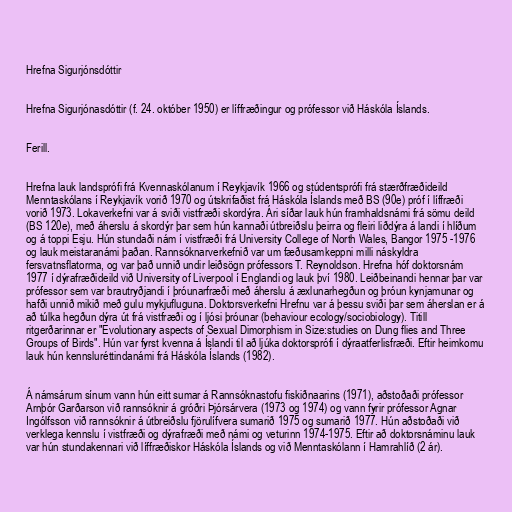
Hrefna Sigurjónsdóttir

Hrefna Sigurjónasdóttir (f. 24. október 1950) er líffræðingur og prófessor við Háskóla Íslands.

Ferill.

Hrefna lauk landsprófi frá Kvennaskólanum í Reykjavík 1966 og stúdentsprófi frá stærðfræðideild
Menntaskólans í Reykjavík vorið 1970 og útskrifaðist frá Háskóla Íslands með BS (90e) próf í líffræði
vorið 1973. Lokaverkefni var á sviði vistfræði skordýra. Ári síðar lauk hún framhaldsnámi frá sömu deild
(BS 120e), með áherslu á skordýr þar sem hún kannaði útbreiðslu þeirra og fleiri liðdýra á landi í hlíðum
og á toppi Esju. Hún stundaði nám í vistfræði frá University College of North Wales, Bangor 1975 -1976
og lauk meistaranámi þaðan. Rannsóknarverkefnið var um fæðusamkeppni milli náskyldra
fersvatnsflatorma, og var það unnið undir leiðsögn prófessors T. Reynoldson. Hrefna hóf doktorsnám
1977 í dýrafræðideild við University of Liverpool í Englandi og lauk því 1980. Leiðbeinandi hennar þar var
prófessor sem var brautryðjandi í þróunarfræði með áherslu á æxlunarhegðun og þróun kynjamunar og
hafði unnið mikið með gulu mykjufluguna. Doktorsverkefni Hrefnu var á þessu sviði þar sem áherslan er á
að túlka hegðun dýra út frá vistfræði og í ljósi þróunar (behaviour ecology/sociobiology). Titill
ritgerðarinnar er "Evolutionary aspects of Sexual Dimorphism in Size:studies on Dung flies and Three
Groups of Birds". Hún var fyrst kvenna á Íslandi til að ljúka doktorsprófi í dýraatferlisfræði. Eftir heimkomu
lauk hún kennsluréttindanámi frá Háskóla Íslands (1982).

Á námsárum sínum vann hún eitt sumar á Rannsóknastofu fiskiðnaarins (1971), aðstoðaði prófessor
Arnþór Garðarson við rannsóknir á gróðri Þjórsárvera (1973 og 1974) og vann fyrir prófessor Agnar
Ingólfsson við rannsóknir á útbreiðslu fjörulífvera sumarið 1975 og sumarið 1977. Hún aðstoðaði við
verklega kennslu í vistfræði og dýrafræði með námi og veturinn 1974-1975. Eftir að doktorsnáminu lauk
var hún stundakennari við líffræðiskor Háskóla Íslands og við Menntaskólann í Hamrahlíð (2 ár).